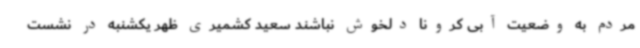
مردم به وضعیت آبی کرونا دلخوش نباشند سعید کشمیری ظهر یکشنبه در نشست